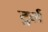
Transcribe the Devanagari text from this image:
टुर्ल